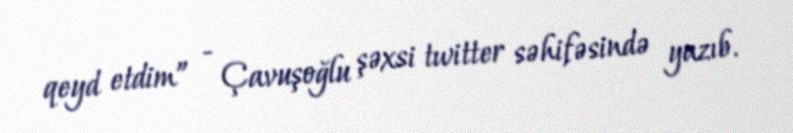
qeyd etdim” - Çavuşoğlu şəxsi twitter səhifəsində yazıb.